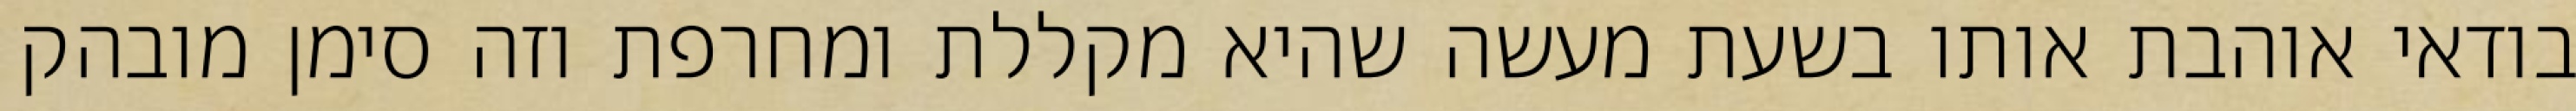
בודאי אוהבת אותו בשעת מעשה שהיא מקללת ומחרפת וזה סימן מובהק